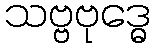
သဗ္ဗဗုဒ္ဓေ